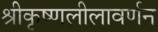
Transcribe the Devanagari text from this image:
श्रीकृष्णलीलावर्णन